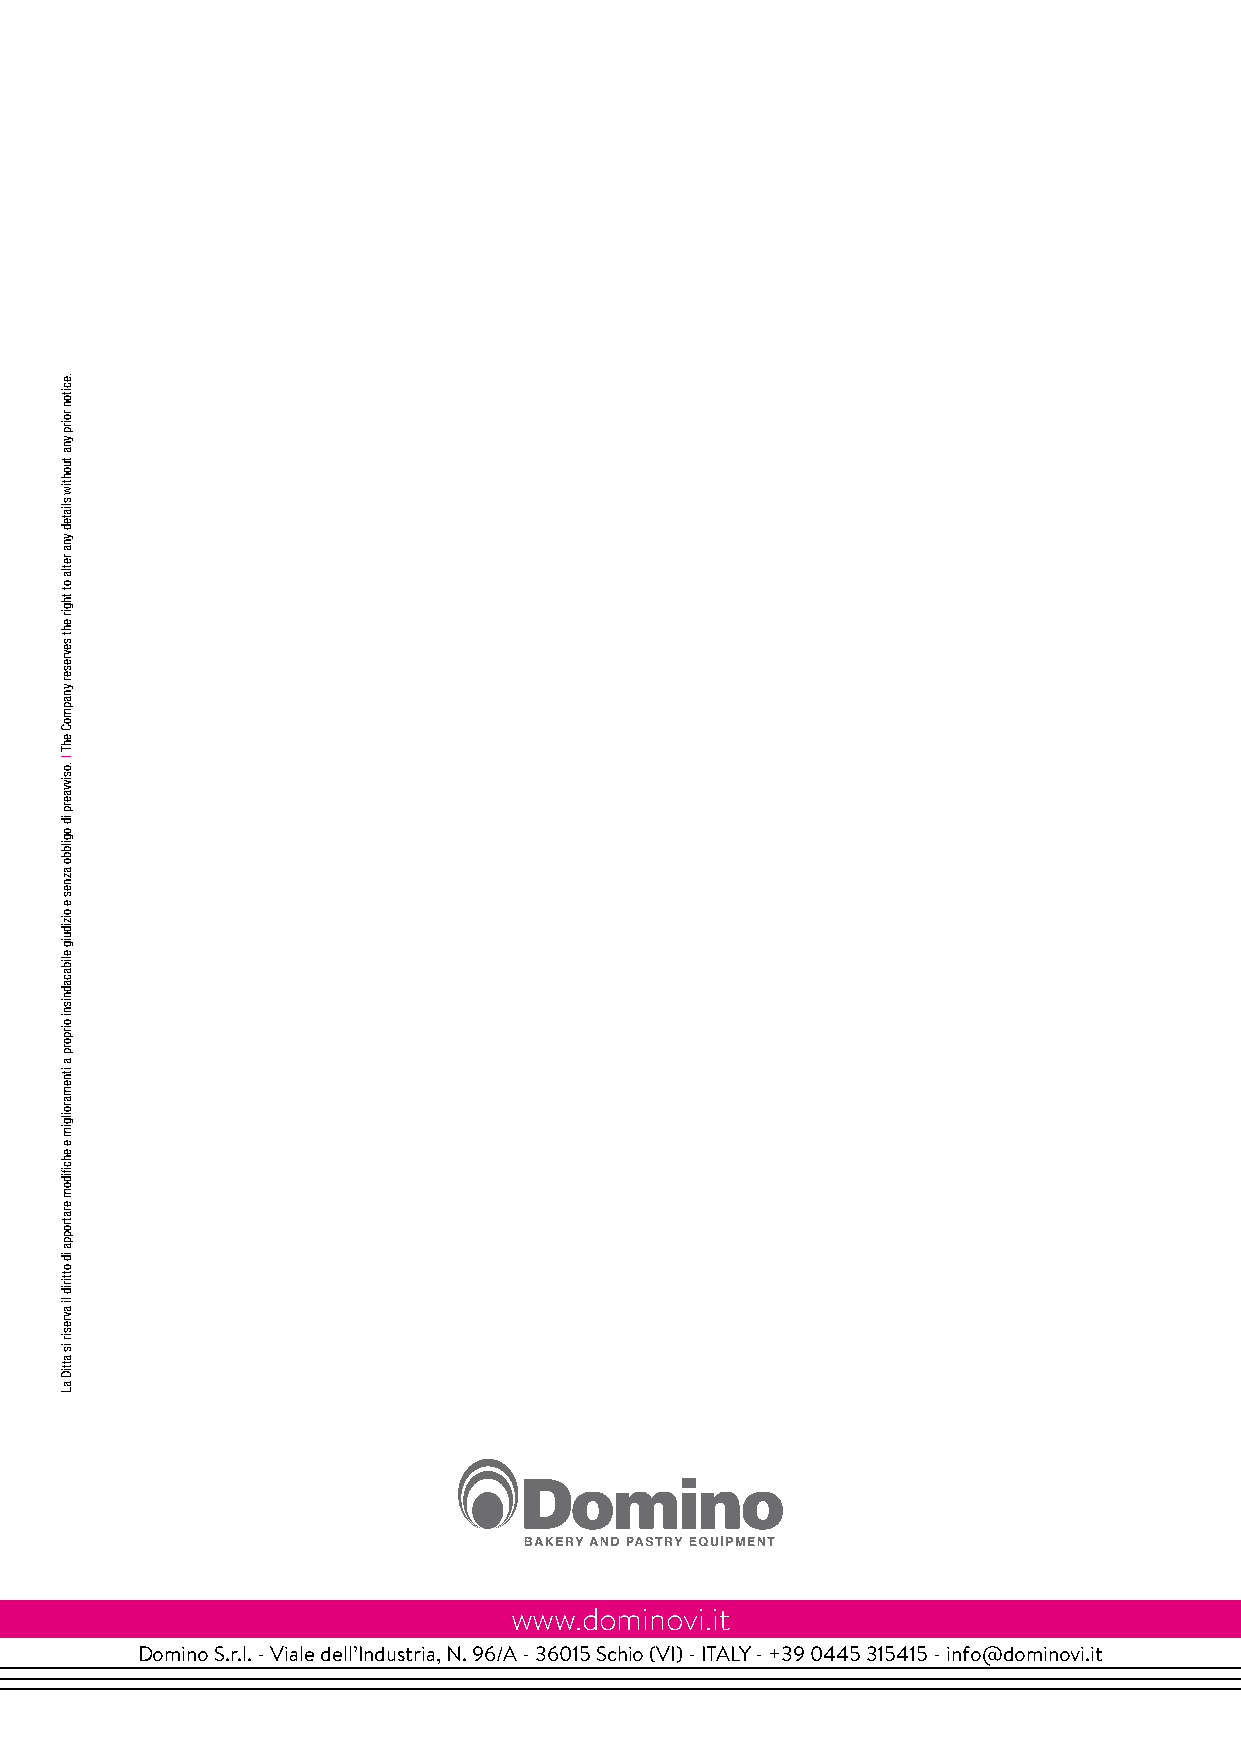
www.dominovi.it
 Domino S.r.l. - Viale dell’Industria, N. 96/A - 36015 Schio (VI) - ITALY - +39 0445 315415 - info@dominovi.it impastatrici a bracci tuffanti | double-arm mixers | amasadoras a brazos de inmersión | pétrins à bras plongeants | pука-образный тестомес
 .eciton
 roirp
 yna
 tuohtiw
 sliated
 yna
 retla
 ot
 thgir
 eht
 sevreser
 ynapmoC
 ehT
 | .osivvaerp
 id
 ogilbbo
 aznes
 e
 oiziduig
 elibacadnisni
 oirporp
 a
 itnemaroilgim
 e
 ehcfiidom
 eratroppa
 id
 ottirid
 li
 avresir
 is
 attiD
 aL